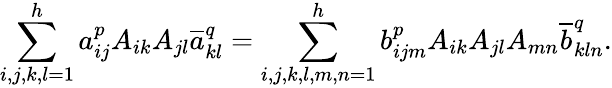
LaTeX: \sum_{i,j,k,l=1}^{h}a_{ij}^{p}A_{ik}A_{jl}\overline{{a}}_{kl}^{q}=\sum_{i,j,k,l,m,n=1}^{h}b_{ijm}^{p}A_{ik}A_{jl}A_{mn}\overline{{b}}_{kln}^{q}.